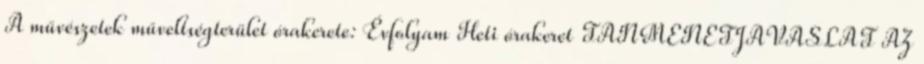
A művészetek műveltségterület órakerete: Évfolyam Heti órakeret TANMENETJAVASLAT AZ